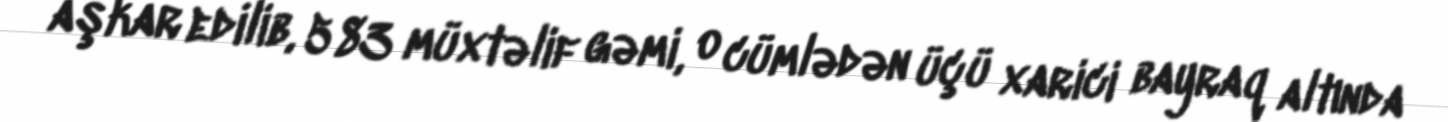
aşkar edilib, 583 müxtəlif gəmi, o cümlədən üçü xarici bayraq altında